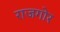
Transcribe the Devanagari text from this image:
राजगोर